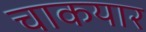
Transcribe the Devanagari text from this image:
चाकयार